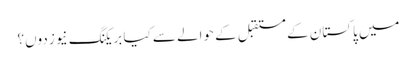
میں پاکستان کے مستقبل کے حوالے سے کیا بریکنگ نیوز دوں؟